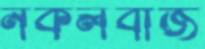
নকলবাজ